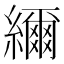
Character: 䌤